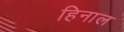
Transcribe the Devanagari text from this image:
हिनाल